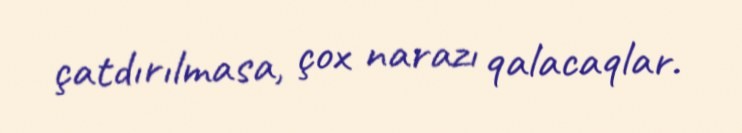
çatdırılmasa, çox narazı qalacaqlar.